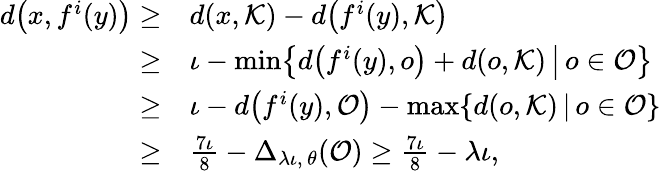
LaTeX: \begin{array}{rl}{d\bigl(x,f^{i}(y)\bigr)\geq}&{d(x,\mathcal{K})-d\bigl(f^{i}(y),\mathcal{K}\bigr)}\\ {\geq}&{\iota-\operatorname*{min}\bigl\{ d\bigl(f^{i}(y),o\bigr)+d(o,\mathcal{K})\, \big|\, o\in\mathcal{O}\bigr\} }\\ {\geq}&{\iota-d\bigl(f^{i}(y),\mathcal{O}\bigr)-\operatorname*{max}\{ d(o,\mathcal{K})\, |\, o\in\mathcal{O}\} }\\ {\geq}&{\frac{7\iota}{8}-\Delta_{\lambda\iota,\, \theta}(\mathcal{O})\geq\frac{7\iota}{8}-\lambda\iota,}\end{array}